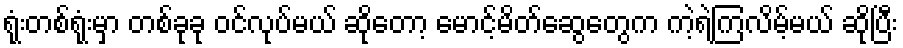
ရုံးတစ်ရုံးမှာ တစ်ခုခု ဝင်လုပ်မယ် ဆိုတော့ မောင့်မိတ်ဆွေတွေက ကဲ့ရဲ့ကြလိမ့်မယ် ဆိုပြီး